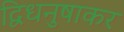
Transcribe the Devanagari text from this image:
द्विधनुषाकर